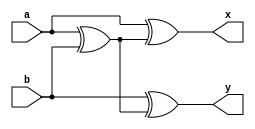
module swap(input a,b, output x,y);
  assign x = a ^ (a ^ b );
  assign y = b ^ (a ^ b );
endmodule